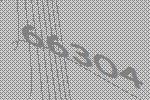
66304